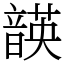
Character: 韺